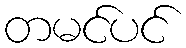
တမင်ပင်